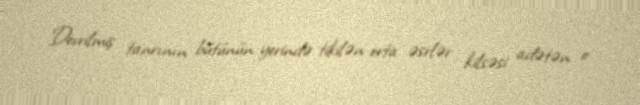
Devrilmiş tanrının bütünün yerində tikilən orta əsrlər kilsəsi adətən o